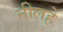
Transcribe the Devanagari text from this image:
नीलहे